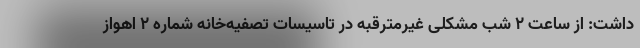
داشت: از ساعت 2 شب مشکلی غیرمترقبه در تاسیسات تصفیه‌خانه شماره 2 اهواز